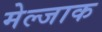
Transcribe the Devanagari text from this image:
मेल्जाक